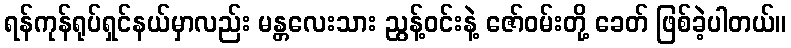
ရန်ကုန်ရုပ်ရှင်နယ်မှာလည်း မန္တလေးသား ညွန့်ဝင်းနဲ့ ဇော်ဝမ်းတို့ ခေတ် ဖြစ်ခဲ့ပါတယ်။